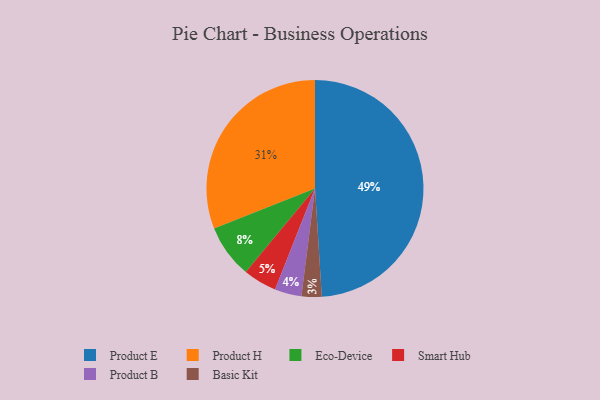
{"axis": {"x": "Category", "y": "Percentage"}, "legend": ["Basic Kit", "Eco-Device", "Product B", "Product E", "Product H", "Smart Hub"], "data": [{"x": "Smart Hub", "y": 5, "type": "Smart Hub"}, {"x": "Product B", "y": 4, "type": "Product B"}, {"x": "Basic Kit", "y": 3, "type": "Basic Kit"}, {"x": "Product H", "y": 31, "type": "Product H"}, {"x": "Product E", "y": 49, "type": "Product E"}, {"x": "Eco-Device", "y": 8, "type": "Eco-Device"}]}